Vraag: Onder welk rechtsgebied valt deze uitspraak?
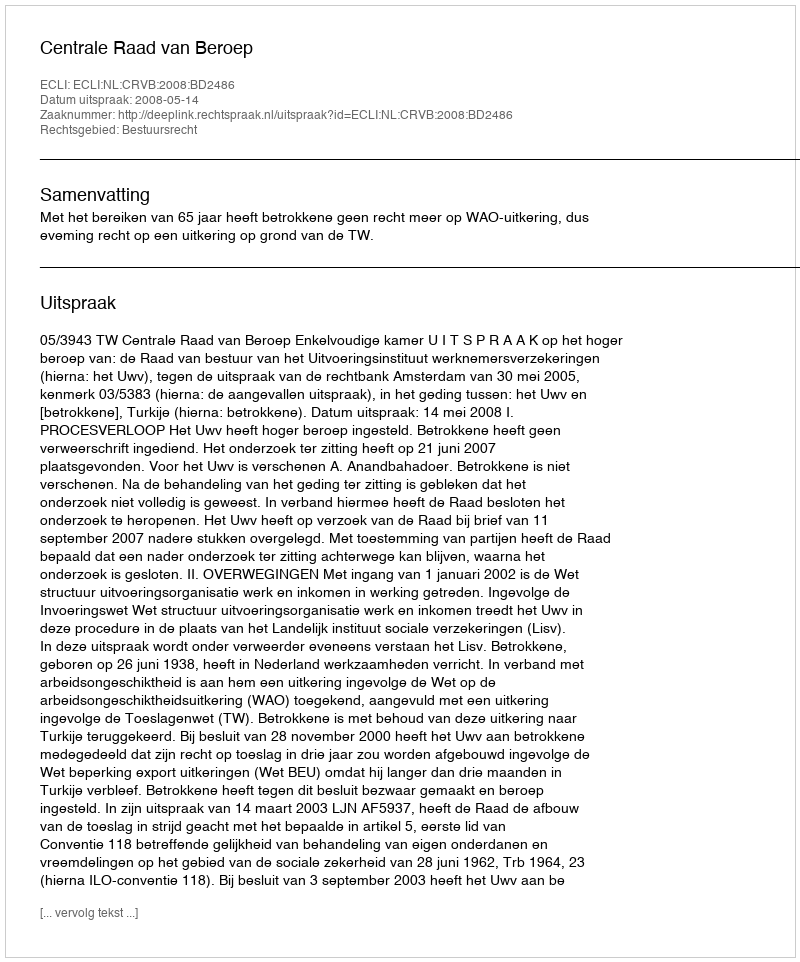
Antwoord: Bestuursrecht